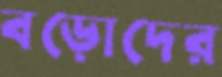
বড়োদের